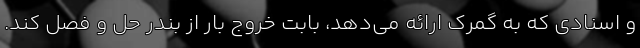
و اسنادی که به گمرک ارائه می‌دهد، بابت خروج بار از بندر حل و فصل کند.